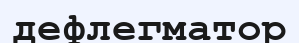
дефлегматор